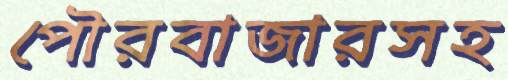
পৌরবাজারসহ